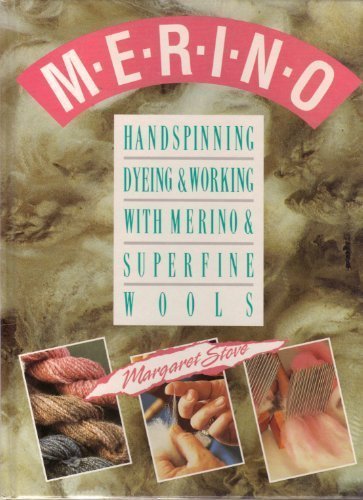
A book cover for Merino: Handspinning, Dyeing and Working With Merino and Superfine Wools; Margaret Stove; Crafts, Hobbies & Home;